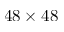
4 8 \times 4 8